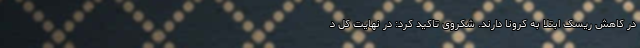
در کاهش ریسک ابتلا به کرونا دارند. شکروی تاکید کرد: در نهایت کل د